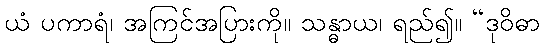
ယံ ပကာရံ၊ အကြင်အပြားကို။ သန္ဓာယ၊ ရည်၍။ “ဒုဝိဓာ